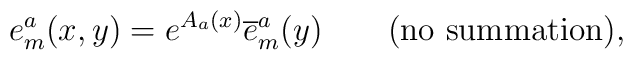
{e^a_m(x,y)=e^{A_a(x)}\overline{e}^a_m(y)\qquad \textrm{(no summation),}}